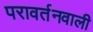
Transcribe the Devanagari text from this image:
परावर्तनवाली